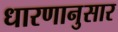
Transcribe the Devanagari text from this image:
धारणानुसार